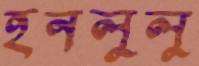
হনলুলু